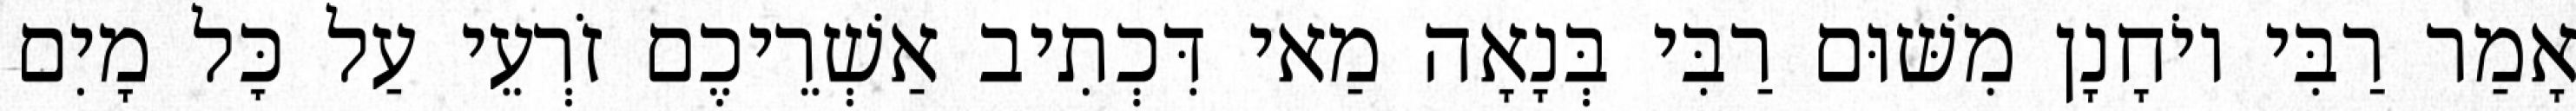
אָמַר רַבִּי יוֹחָנָן מִשּׁוּם רַבִּי בְּנָאָה מַאי דִּכְתִיב אַשְׁרֵיכֶם זֹרְעֵי עַל כׇּל מָיִם